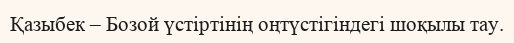
Қазыбек – Бозой үстіртінің оңтүстігіндегі шоқылы тау.